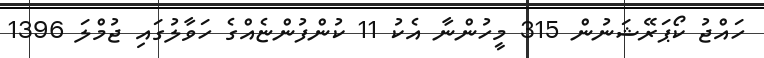
ހައްޖު ކޯޕަރޭޝަނުން 315 މީހުންނާ އެކު 11 ކުންފުންޏެއްގެ ހަވާލުގައި ޖުމްލަ 1396